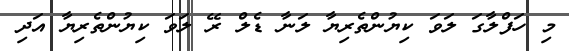
މި ހަފްލާގަ ލަވަ ކިޔުންތެރިޔާ ލަނާ ޑެލް ރޭ ލަވަ ކިޔުންތެރިޔާ އަދި